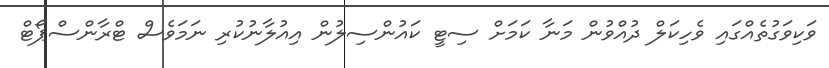
ވަކިވަގުތެއްގައި ވެހިކަލް ދުއްވުން މަނާ ކަމަށް ސިޓީ ކައުންސިލުން އިއުލާނުކުރި ނަމަވެސް ޓްރާންސްޕޯޓް